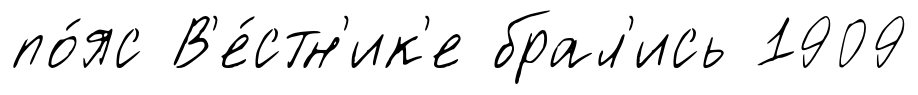
по́яс В'е́стн'ик'е брал'ись 1909